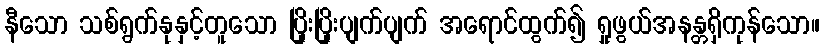
နီသော သစ်ရွက်နုနှင့်တူသော ပြိုးပြိုးပျက်ပျက် အရောင်ထွက်၍ ရှုဖွယ်အနန္တရှိကုန်သော။